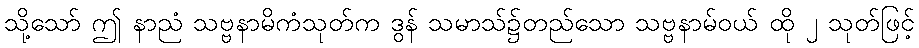
သို့သော် ဤ နာညံ သဗ္ဗနာမိကံသုတ်က ဒွန် သမာသ်၌တည်သော သဗ္ဗနာမ်ဝယ် ထို ၂ သုတ်ဖြင့်